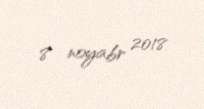
8 noyabr 2018